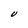
Character: U